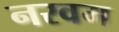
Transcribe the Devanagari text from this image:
नरवम